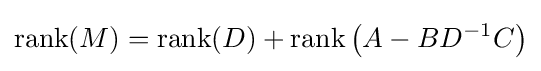
\operatorname {rank} (M)=\operatorname {rank} (D)+\operatorname {rank} \left(A-BD^{-1}C\right)